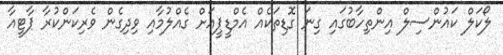
ލޯކަލް ކައުންސިލް އިންތިހާބުގައި ގިނަ ގޮޑިތަކެއް އެމްޑީޕީއަށް ގެއްލުމާއި ވިދިގެން ވެރިކަންކުރާ ޕާޓީއާ